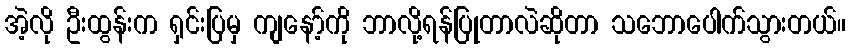
အဲ့လို ဦးထွန်းက ရှင်းပြမှ ကျနော့်ကို ဘာလို့ရန်ပြုတာလဲဆိုတာ သဘောပေါက်သွားတယ်။